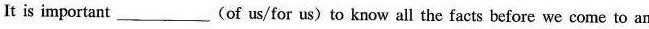
It is important___(of us/for us) to know all the facts before we come to an